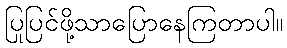
ပြုပြင်ဖို့သာပြောနေကြတာပါ။